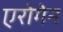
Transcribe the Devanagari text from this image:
एरोगेन